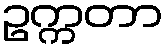
ဥက္ကတာ